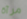
مرآة